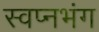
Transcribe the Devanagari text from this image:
स्वप्नभंग